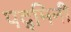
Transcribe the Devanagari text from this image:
पद्‌मिनी